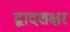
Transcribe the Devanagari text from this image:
द्वादशक्षर